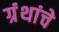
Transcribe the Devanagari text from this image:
ग्रंंथांचे